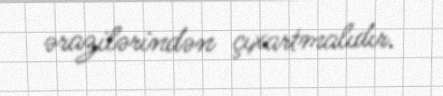
ərazilərindən çıxartmalıdır.